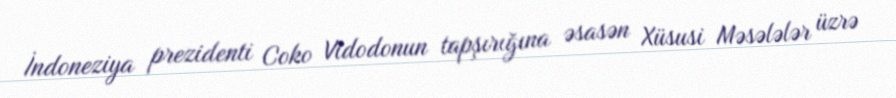
İndoneziya prezidenti Coko Vidodonun tapşırığına əsasən Xüsusi Məsələlər üzrə